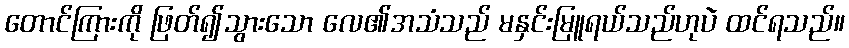
တောင်ကြားကို ဖြတ်၍သွားသော လေ၏အသံသည် မနှင်းမြူရယ်သည်ဟုပဲ ထင်ရသည်။